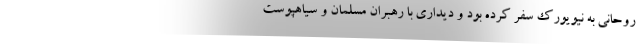
روحانی به نیویورک سفر کرده بود و دیداری با رهبران مسلمان و سیاهپوست